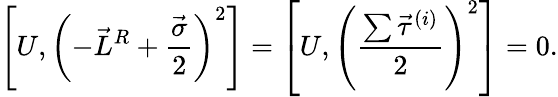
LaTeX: \left[U,\left(-\vec{L}^{R}+\frac{\vec{\sigma}}{2}\right)^{2}\right]=\left[U,\left(\frac{\sum\vec{\tau}^{(i)}}{2}\right)^{2}\right]=0.